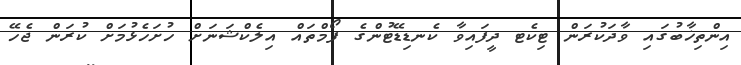
އިންތިޚާބުގައި ވާދަކުރަން ޓިކެޓ ދީފައިވާ ކެނޑިޑޭޓުންގެ ފޯމްތައް އިލެކްޝަނަށް ހުށަހެޅުމަށް ކުރަން ޖެހޭ